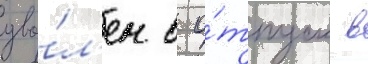
уво́л'ен в о́тпуск в